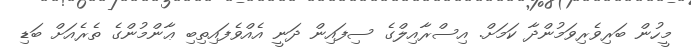
މީހުން ބަރިވެރިވަމުންދާ ކަމަށް. އިސްރާއިލްގެ ސިފައިން ދަނީ އެއްވެފައިތިބި ޢާންމުންގެ ތެރެއަށް ބަޑި